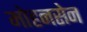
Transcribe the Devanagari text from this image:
मोहनसेन